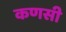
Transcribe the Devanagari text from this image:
कणसी